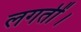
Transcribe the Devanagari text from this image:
लगतीं।